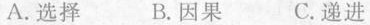
A.选择 B.因果 C.递进